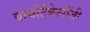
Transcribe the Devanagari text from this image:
बायोटेकेलॉजी